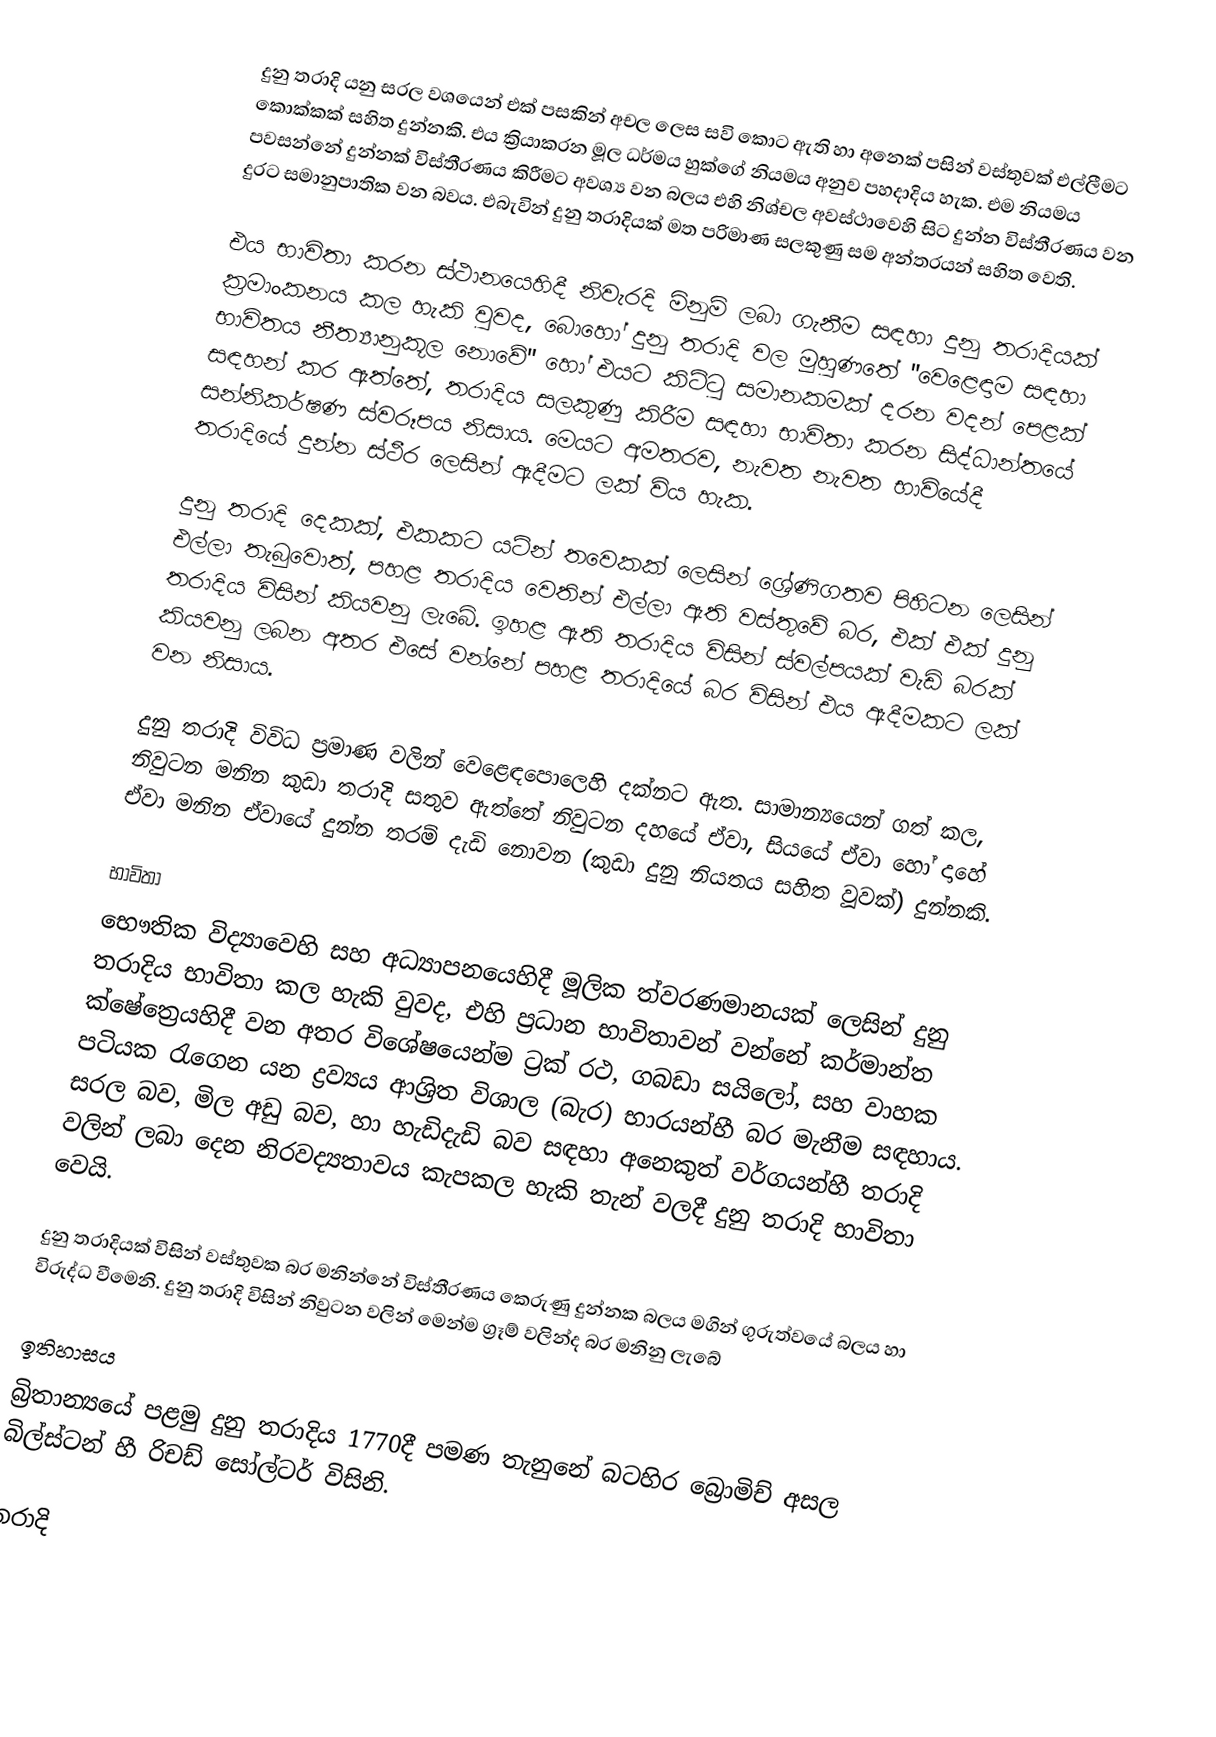
දුනු තරාදි යනු සරල වශයෙන් එක් පසකින් අචල ලෙස සවි කොට ඇති හා අනෙක් පසින් වස්තුවක් එල්ලීමට කොක්කක් සහිත දුන්නකි. එය ක්‍රියාකරන මූල ධර්මය හුක්ගේ නියමය අනුව පහදාදිය හැක. එම නියමය පවසන්නේ දුන්නක් විස්තීරණය කිරීමට අවශ්‍ය වන බලය එහි නිශ්චල අවස්ථාවෙහි සිට දුන්න විස්තීරණය වන දුරට සමානුපාතික වන බවය. එබැවින් දුනු තරාදියක් මත පරිමාණ සලකුණු සම අන්තරයන් සහිත වෙති.

එය භාවිතා කරන ස්ථානයෙහිදී නිවැරදි මිනුම් ලබා ගැනීම සඳහා දුනු තරාදියක් ක්‍රමාංකනය කල හැකි වුවද, බොහෝ දුනු තරාදි වල මුහුණතේ  "වෙළෙඳාම සඳහා භාවිතය  නීත්‍යානුකූල නොවේ" හෝ එයට කිට්ටු සමානකමක් දරන වදන් පෙළක් සඳහන් කර ඇත්තේ, තරාදිය සලකුණු කිරීම සඳහා භාවිතා කරන සිද්ධාන්තයේ  සන්නිකර්ෂණ ස්වරූපය නිසාය. මෙයට අමතරව, නැවත නැවත භාවියේදී තරාදියේ දුන්න ස්ථීර ලෙසින් ඇදීමට ලක් විය හැක.

දුනු තරාදි දෙකක්, එකකට යටින් තවෙකක් ලෙසින් ශ්‍රේණිගතව පිහිටන ලෙසින් එල්ලා තැබුවොත්, පහළ තරාදිය වෙතින් එල්ලා ඇති වස්තුවේ බර, එක් එක් දුනු තරාදිය විසින් කියවනු ලැබේ. ඉහළ ඇති තරාදිය විසින් ස්වල්පයක් වැඩි බරක් කියවනු ලබන අතර එසේ වන්නේ පහළ තරාදියේ බර විසින් එය ඇදීමකට ලක් වන නිසාය.

දුනු තරාදි විවිධ ප්‍රමාණ වලින් වෙළෙඳපොලෙහි දක්නට ඇත. සාමාන්‍යයෙන් ගත් කල, නිවුටන මනින කුඩා තරාදි සතුව ඇත්තේ නිවුටන දහයේ ඒවා, සියයේ ඒවා හෝ දාහේ ඒවා මනින ඒවායේ දුන්න තරම් දැඩි නොවන (කුඩා දුනු නියතය සහිත වූවක්) දුන්නකි.

භාවිතා
භෞතික විද්‍යාවෙහි සහ අධ්‍යාපනයෙහිදී මූලික ත්වරණමානයක් ලෙසින් දුනු තරාදිය භාවිතා කල හැකි වුවද, එහි ප්‍රධාන භාවිතාවන් වන්නේ කර්මාන්ත ක්ෂේත්‍රෙයහිදී වන අතර විශේෂයෙන්ම ට්‍රක් රථ, ගබඩා සයිලෝ, සහ  වාහක පටියක රැගෙන යන ද්‍රව්‍යය ආශ්‍රිත විශාල (බැර) භාරයන්හී බර මැනීම සඳහාය. සරල බව, මිල අඩු බව, හා  හැඩිදැඩි බව සඳහා  අනෙකුත්  වර්ගයන්හී තරාදි වලින් ලබා දෙන නිරවද්‍යතාවය  කැපකල හැකි තැන් වලදී  දුනු තරාදි භාවිතා වෙයි.

දුනු තරාදියක් විසින් වස්තුවක බර මනින්නේ විස්තීරණය කෙරුණු දුන්නක බලය මගින් ගුරුත්වයේ බලය හා විරුද්ධ වීමෙනි. දුනු තරාදි විසින් නිවුටන වලින් මෙන්ම ග්‍රෑම් වලින්ද බර මනිනු ලැබේ

ඉතිහාසය
බ්‍රිතාන්‍යයේ පළමු දුනු තරාදිය 1770දී  පමණ තැනුනේ බටහිර බ්‍රොමිච් අසල බිල්ස්ටන් හී  රිචඩ් සෝල්ටර් විසිනි.

තරාදි